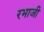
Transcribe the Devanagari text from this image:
रभाजी